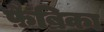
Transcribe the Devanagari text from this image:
फ़ैब्रिका